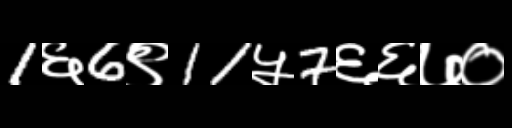
Text: 1६6९11५7६६७०